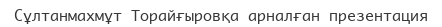
Сұлтанмахмұт Торайғыровқа арналған презентация